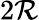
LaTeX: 2\mathcal{R}